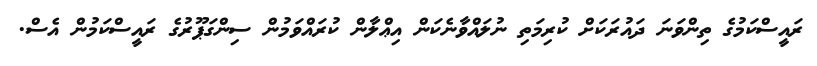
ރައީސްކަމުގެ ތިންވަނަ ދައުރަކަށް ކުރިމަތި ނުލައްވާނެކަން އިޢްލާން ކުރައްވަމުން ސިންގަޕޫރުގެ ރައީސްކަމުން އެސް.